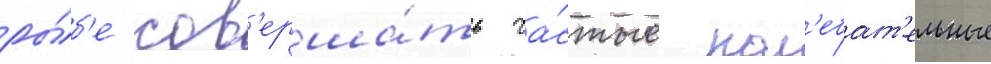
ры́б'е сов'ерша́ть ча́стые кол'ебат'ельные